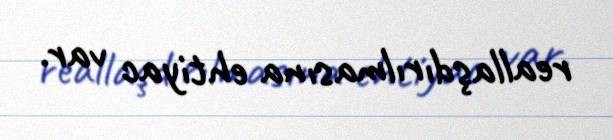
reallaşdırılmasına ehtiyac var.